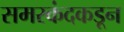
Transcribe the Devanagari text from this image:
समरकंदकडून